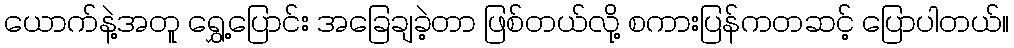
ယောက်နဲ့အတူ ရွှေ့ပြောင်း အခြေချခဲ့တာ ဖြစ်တယ်လို့ စကားပြန်ကတဆင့် ပြောပါတယ်။